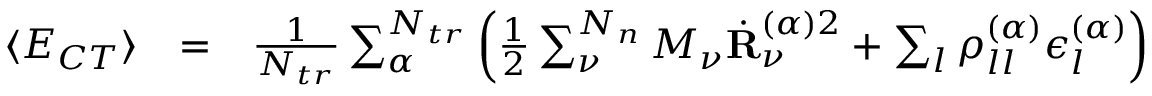
\begin{array} { r l r } { \langle E _ { C T } \rangle } & { = } & { \frac { 1 } { N _ { t r } } \sum _ { \alpha } ^ { N _ { t r } } \left( \frac { 1 } { 2 } \sum _ { \nu } ^ { N _ { n } } M _ { \nu } \dot { \mathbf { R } } _ { \nu } ^ { ( \alpha ) 2 } + \sum _ { l } \rho _ { l l } ^ { ( \alpha ) } \epsilon _ { l } ^ { ( \alpha ) } \right) } \end{array}